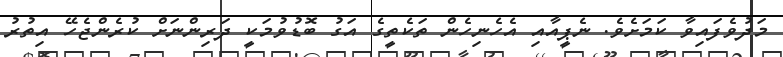
މަދުވެފައިވާ ކަމަށެވެ. ނެޕީއާއި އެހެނިހެން ތަކެތީގެ އަގު ބޮޑުވުމަކީ ދަރިންނަށް ކުރެންޖެހޭ އިތުރު